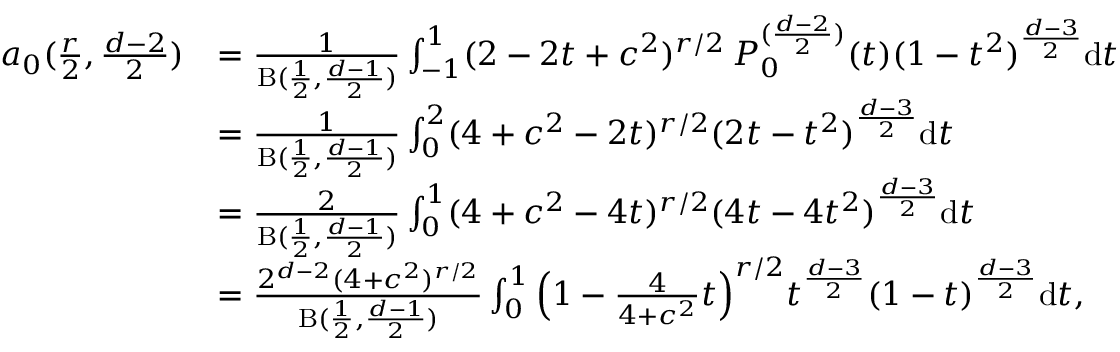
\begin{array} { r l } { a _ { 0 } ( \frac { r } 2 , \frac { d - 2 } { 2 } ) } & { = \frac { 1 } { \mathrm { B } ( \frac 1 2 , \frac { d - 1 } 2 ) } \int _ { - 1 } ^ { 1 } ( 2 - 2 t + c ^ { 2 } ) ^ { r / 2 } \, P _ { 0 } ^ { ( \frac { d - 2 } { 2 } ) } ( t ) ( 1 - t ^ { 2 } ) ^ { \frac { d - 3 } { 2 } } \mathrm { d } t } \\ & { = \frac { 1 } { \mathrm { B } ( \frac 1 2 , \frac { d - 1 } 2 ) } \int _ { 0 } ^ { 2 } ( 4 + c ^ { 2 } - 2 t ) ^ { r / 2 } ( 2 t - t ^ { 2 } ) ^ { \frac { d - 3 } { 2 } } \mathrm { d } t } \\ & { = \frac { 2 } { \mathrm { B } ( \frac 1 2 , \frac { d - 1 } 2 ) } \int _ { 0 } ^ { 1 } ( 4 + c ^ { 2 } - 4 t ) ^ { r / 2 } ( 4 t - 4 t ^ { 2 } ) ^ { \frac { d - 3 } { 2 } } \mathrm { d } t } \\ & { = \frac { 2 ^ { d - 2 } ( 4 + c ^ { 2 } ) ^ { r / 2 } } { \mathrm { B } ( \frac 1 2 , \frac { d - 1 } 2 ) } \int _ { 0 } ^ { 1 } \Big ( 1 - \frac { 4 } { 4 + c ^ { 2 } } t \Big ) ^ { r / 2 } t ^ { \frac { d - 3 } { 2 } } ( 1 - t ) ^ { \frac { d - 3 } { 2 } } \mathrm { d } t , } \end{array}